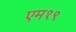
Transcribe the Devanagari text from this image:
एम१९